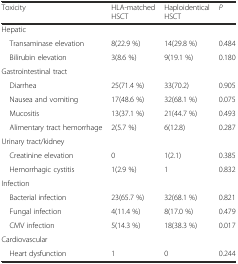
<table><thead><tr><td><b>Toxicity</b></td><td><b>HLA-matched HSCT</b></td><td><b>Haploidentical HSCT</b></td><td><b><i>P</i></b></td></tr></thead><tbody><tr><td colspan="4">Hepatic</td></tr><tr><td> Transaminase elevation</td><td>8(22.9 %)</td><td>14(29.8 %)</td><td>0.484</td></tr><tr><td> Bilirubin elevation</td><td>3(8.6 %)</td><td>9(19.1 %)</td><td>0.180</td></tr><tr><td colspan="4">Gastrointestinal tract</td></tr><tr><td> Diarrhea</td><td>25(71.4 %)</td><td>33(70.2)</td><td>0.905</td></tr><tr><td> Nausea and vomiting</td><td>17(48.6 %)</td><td>32(68.1 %)</td><td>0.075</td></tr><tr><td> Mucositis</td><td>13(37.1 %)</td><td>21(44.7 %)</td><td>0.493</td></tr><tr><td> Alimentary tract hemorrhage</td><td>2(5.7 %)</td><td>6(12.8)</td><td>0.287</td></tr><tr><td colspan="4">Urinary tract/kidney</td></tr><tr><td> Creatinine elevation</td><td>0</td><td>1(2.1)</td><td>0.385</td></tr><tr><td> Hemorrhagic cystitis</td><td>1(2.9 %)</td><td>1</td><td>0.832</td></tr><tr><td colspan="4">Infection</td></tr><tr><td> Bacterial infection</td><td>23(65.7 %)</td><td>32(68.1 %)</td><td>0.821</td></tr><tr><td> Fungal infection</td><td>4(11.4 %)</td><td>8(17.0 %)</td><td>0.479</td></tr><tr><td> CMV infection</td><td>5(14.3 %)</td><td>18(38.3 %)</td><td>0.017</td></tr><tr><td colspan="4">Cardiovascular</td></tr><tr><td> Heart dysfunction</td><td>1</td><td>0</td><td>0.244</td></tr></tbody></table>